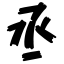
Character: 丞